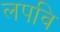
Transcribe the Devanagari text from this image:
लपवि